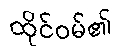
ထိုင်ဝမ်၏